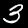
Label: 3